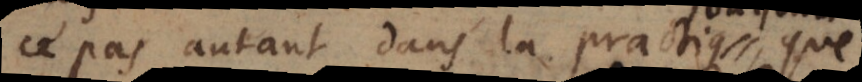
ce pas autant dans la practique, que